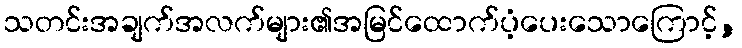
သတင်းအချက်အလက်များ၏အမြင်ထောက်ပံ့ပေးသောကြောင့်,